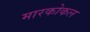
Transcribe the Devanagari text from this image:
मारकोकल